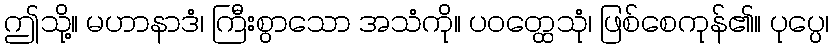
ဤသို့။ မဟာနာဒံ၊ ကြီးစွာသော အသံကို။ ပဝတ္ထေသုံ၊ ဖြစ်စေကုန်၏။ ပုပ္ပေ၊